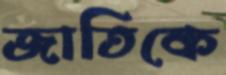
জাতিকে